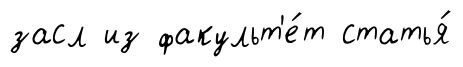
засл из факульт'е́т статья́